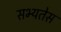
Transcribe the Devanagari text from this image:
सभ्यतेस